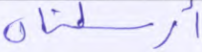
أرسلناه